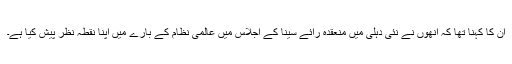
ان کا کہنا تھا کہ انھوں نے نئی دہلی میں منعقدہ رائے سینا کے اجلاس میں عالمی نظام کے بارے میں اپنا نقطہ نظر پیش کیا ہے۔